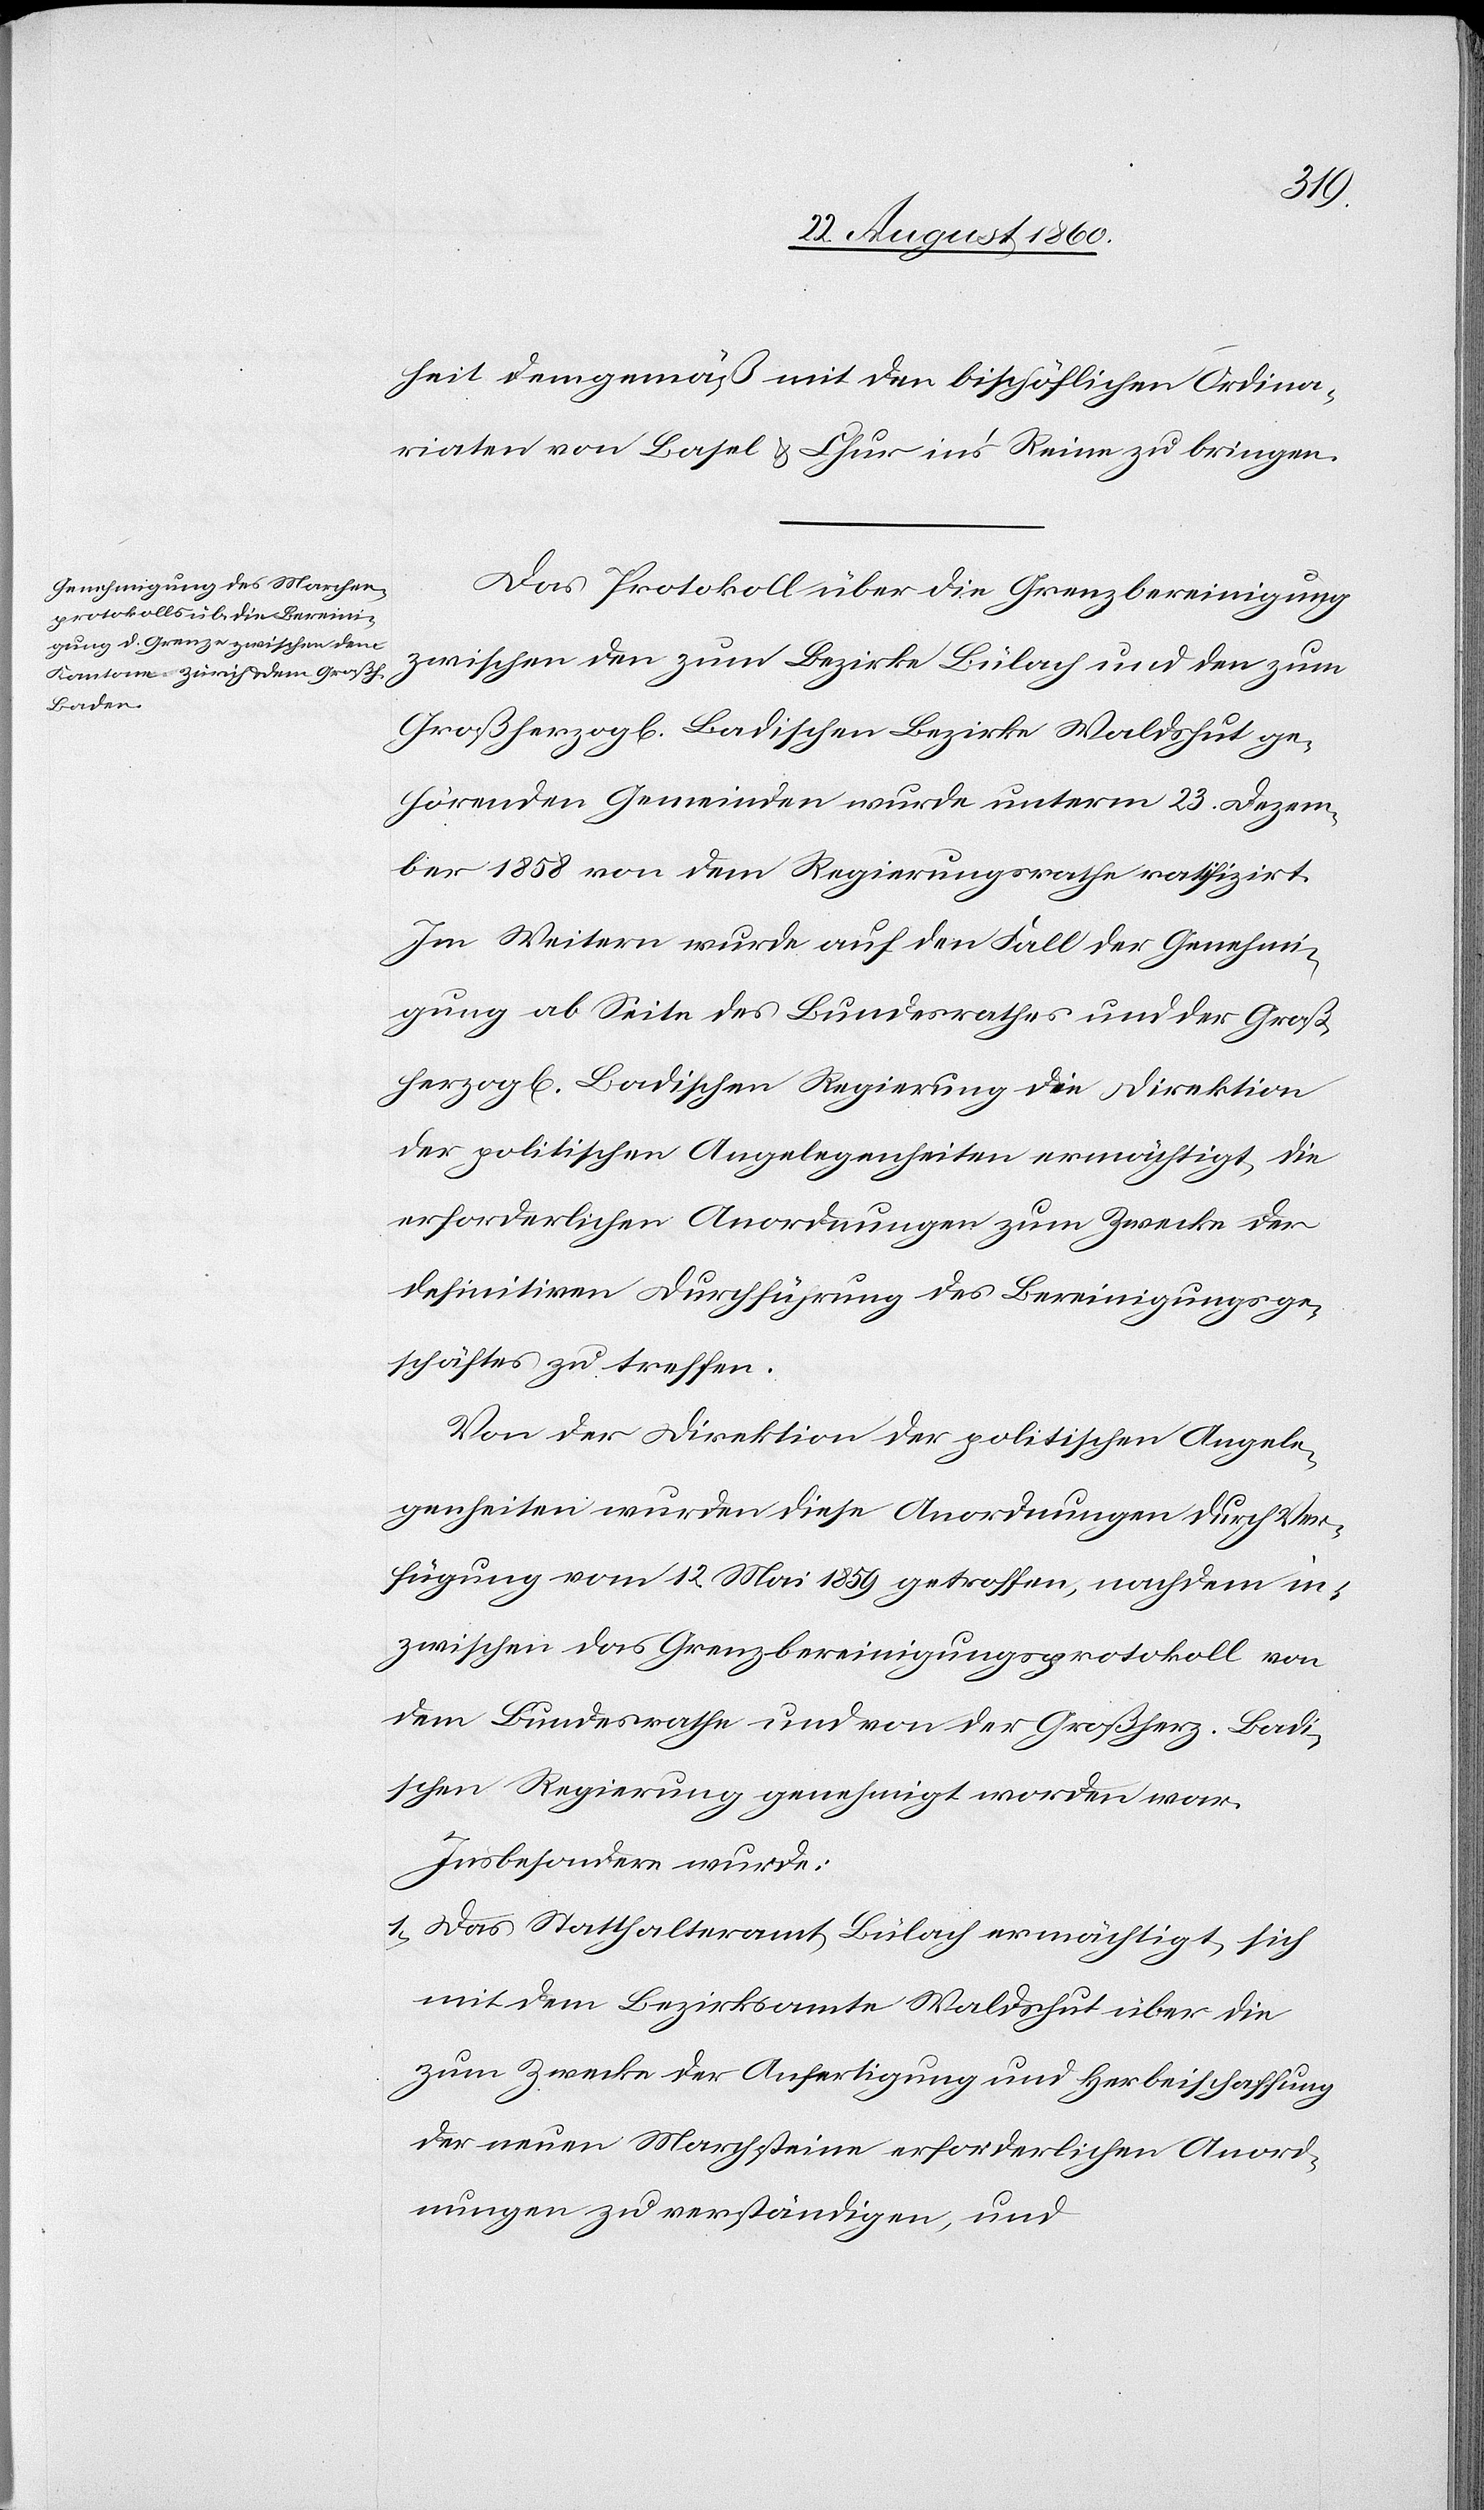
heit demgemäss mit den bischöflichen Ordina¬
riate[n] von Basel u. Chur ins Reine zu bringen.
Das Protokoll über die Grenzbereinigung
zwischen den zum Bezirke Bülach und den zum
Grossherzogl. Badischen Bezirke Waldshut ge¬
hörenden Gemeinden wurde unterm 23. Christm¬
onat 1858 von dem Regierungsrathe ratifizirt.
Im Weitern wurde auf den Fall der Genehmi¬
gung ab Seite des Bundesrathes und der Gros¬
sherzogl. Badischen Regierung die Direktion
der politischen Angelegenheiten ermächtigt, die
erforderlichen Anordnungen zum Zwecke der
definitiven Durchführung des Bereinigungsge¬
schäftes zu treffen.
Von der Direktion der politischen Angele¬
genheiten wurden diese Anordnungen durch Ver¬
fügung vom 12. Mai 1859 getroffen, nachdem in¬
zwischen das Grenzbereinigungsprotokoll von
dem Bundesrathe und von der Grossh. Badi¬
schen Regierung genehmigt worden war.
Insbesondere wurde.
1) Das Statthalteramt Bülach ermächtigt, sich
mit dem Bezirksamte Waldshut über die
zum Zwecke der Anfertigung und Herbeischaffung
der neuen Marchsteine erforderlichen Anord¬
nungen zu verständigen u.